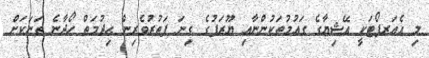
މި އެއަރޕޯޓަކީ އޭޝިޔާގެ ގައުމުތަކުންނާއި ޔޫރަޕުގެ ގިނަ ފަތުރުވެރިން ޙިދުމަތް ހޯދާނެ ތަނަކަށް